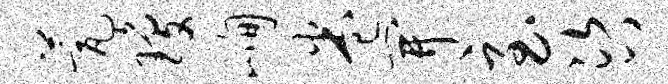
甍琼峋卷开至咨